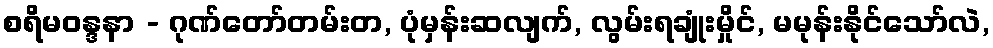
စရိမဝန္ဒနာ - ဂုဏ်တော်တမ်းတ, ပုံမှန်းဆလျက်, လွမ်းရချုံးမှိုင်, မမုန်းနိုင်သော်လဲ,